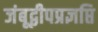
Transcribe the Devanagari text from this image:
जंबूद्वीपप्रज्ञप्ति